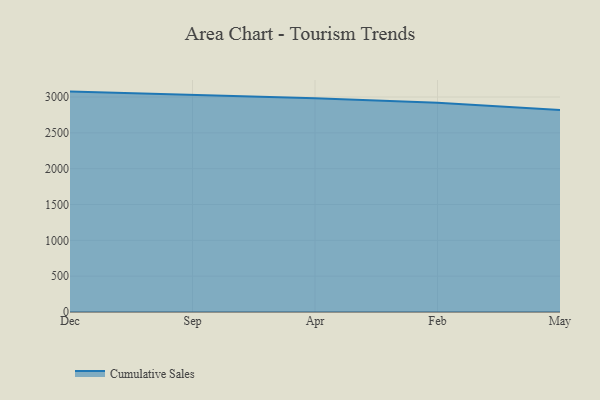
{"axis": {"x": "Month", "y": "Headcount"}, "legend": ["Cumulative Sales"], "data": [{"x": "Dec", "y": 3075.8, "type": "Cumulative Sales"}, {"x": "Sep", "y": 3033.6, "type": "Cumulative Sales"}, {"x": "Apr", "y": 2982.0, "type": "Cumulative Sales"}, {"x": "Feb", "y": 2920.7, "type": "Cumulative Sales"}, {"x": "May", "y": 2818.6, "type": "Cumulative Sales"}]}